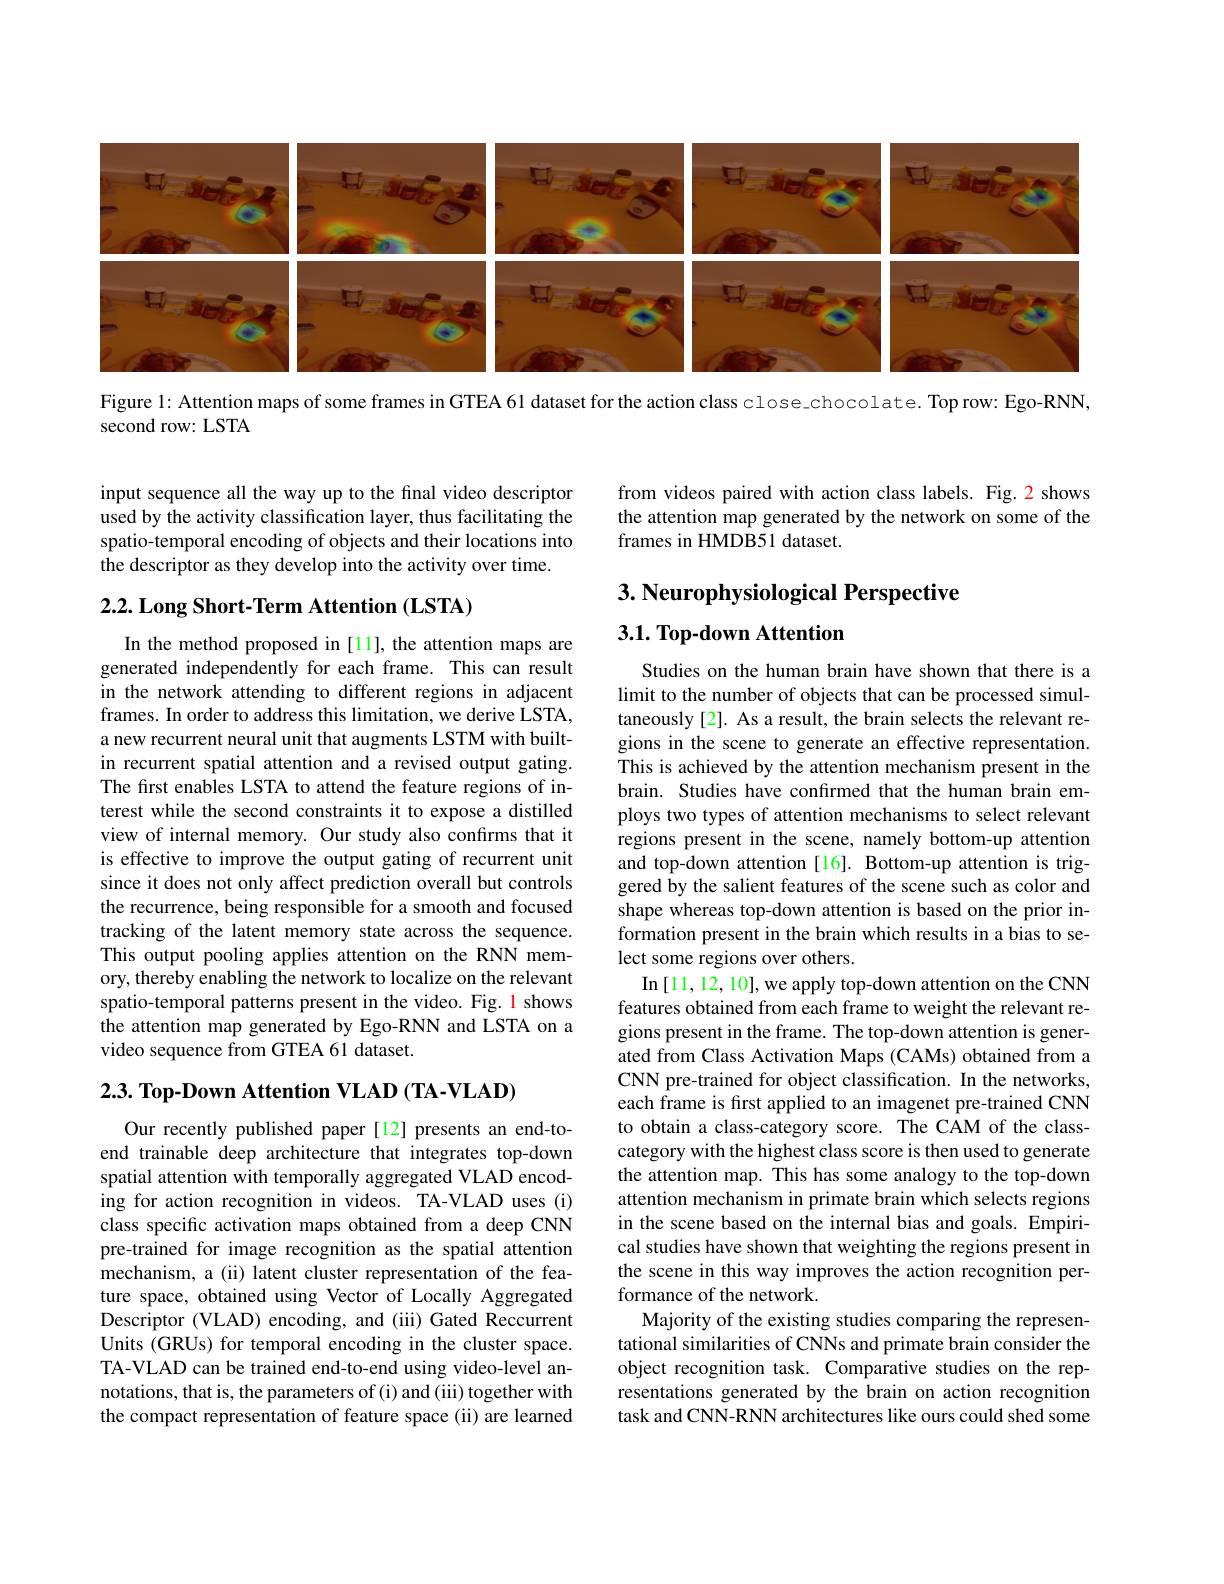
<FigureHere>

Figure l: Attention maps of some frames in GTEA 61 dataset for the action class close chocolate. Top row: Ego-RNN,

second row: LSTA

input sequence all the way up to the final video descriptor used by the activity classification layer, thus facilitating the spatio-temporal encoding of objects and their locations into the descriptor as they develop into the activity over time.

## 2.2. Long Short-Term Attention (LSTA)

In the method proposed in[11], the attention maps are generated independently for each frame. This can result in the network attending to different regions in adjacent frames. In order to address this limitation, we derive LSTA, a new recurrent neural unit that augments LSTM with builtin recurrent spatial attention and a revised output gating. The first enables LSTA to attend the feature regions of interest while the second constraints it to expose a distilled view of internal memory. Our study also confirms that it is effective to improve the output gating of recurrent unit since it does not only affect prediction overall but controls the recurrence, being responsible for a smooth and focused tracking of the latent memory state across the sequence. This output pooling applies attention on the RNN memory, thereby enabling the network to localize on the relevant spatio-temporal patterns present in the video. Fig. 1 shows the attention map generated by Ego-RNN and LSTA on a video sequence from GTEA 61 dataset.

$2. 3. \textbf{ Top- Down Attention VLAD ( TA- VLAD) }$

Our recently published paper[12] presents an end-toend trainable deep architecture that integrates top-down spatial attention with temporally aggregated VLAD encoding for action recognition in videos. TA-VLAD uses (i) class specific activation maps obtained from a deep CNN pre-trained for image recognition as the spatial attention mechanism, a (ii) latent cluster representation of the feature space, obtained using Vector of Locally Aggregated Descriptor (VLAD) encoding, and (iii) Gated Reccurrent Units (GRUs) for temporal encoding in the cluster space. TA-VLAD can be trained end-to-end using video-level annotations, that is, the parameters of (i) and (iii) together with the compact representation of feature space (ii) are learned

from videos paired with action class labels. Fig.2 shows the attention map generated by the network on some of the frames in HMDB51 dataset.

## $3. \textbf{ Neurophysiological Perspective}$ $3. 1. \textbf{ Top- down Attention}$

Studies on the human brain have shown that there is a limit to the number of objects that can be processed simultaneously[2]. As a result, the brain selects the relevant regions in the scene to generate an effective representation. This is achieved by the attention mechanism present in the brain. Studies have confirmed that the human brain employs two types of attention mechanisms to select relevant regions present in the scene, namely bottom-up attention and top-down attention[16]. Bottom-up attention is triggered by the salient features of the scene such as color and shape whereas top-down attention is based on the prior information present in the brain which results in a bias to select some regions over others.
In$\left[11,12,10\right]$,we apply top-down attention on the CNN features obtained from each frame to weight the relevant regions present in the frame. The top-down attention is generated from Class Activation Maps (CAMs) obtained from a CNN pre-trained for object classification. In the networks, each frame is first applied to an imagenet pre-trained CNN to obtain a class-category score. The CAM of the classcategory with the highest class score is then used to generate the attention map. This has some analogy to the top-down attention mechanism in primate brain which selects regions in the scene based on the internal bias and goals. Empirical studies have shown that weighting the regions present in the scene in this way improves the action recognition performance of the network.
Majority of the existing studies comparing the representational similarities of CNNs and primate brain consider the object recognition task. Comparative studies on the representations generated by the brain on action recognition task and CNN-RNN architectures like ours could shed some